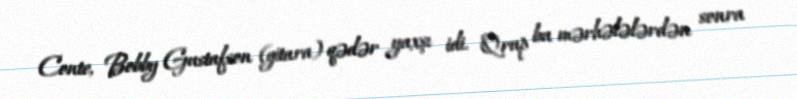
Conte, Bobby Gustafson (gitara) qədər yaxşı idi. Qrup bu mərhələlərdən sonra